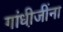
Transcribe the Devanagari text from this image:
गांधी़जींना